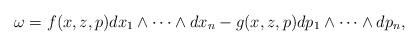
LaTeX: \begin{gather*}\omega = f(x, z, p)dx_1\wedge \cdots \wedge dx_n -g(x, z, p) dp_1\wedge \cdots \wedge dp_n,\end{gather*}